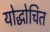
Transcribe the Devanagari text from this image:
योद्धोचित